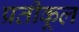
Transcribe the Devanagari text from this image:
प्रतीकूल